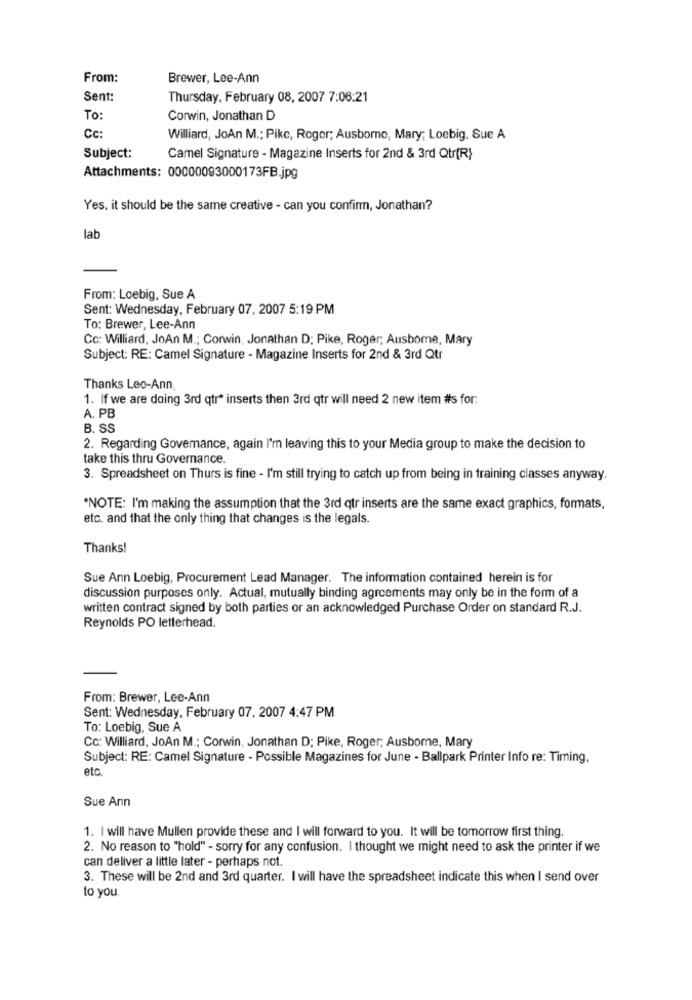
From:
Brewer, Lee-Ann
Sent:
Thursday, February 08, 2007 7:06:21
To:
Corwin, Jonathan D
Cc:
Williard, JoAn M .; Pike, Roger; Ausborno, Mary; Loebig. Sue A
Subject:
Camel Signature - Magazine Inserts for 2nd & 3rd Qtr(R)
Attachments: 00000093000173FB.jpg
Yes, it should be the same creative - can you confirm, Jonathan?
lab
From: Loebig, Sue A
Sent: Wednesday, February 07, 2007 5:19 PM
To: Brewer, Lee-Ann
Cc: Williard, JoAn M .; Corwin, Jonathan D; Pike, Roger; Ausbome, Mary
Subject: RE: Camel Signature - Magazine Inserts for 2nd & 3rd Qtr
Thanks Lec-Ann
1. If we are doing 3rd qtr" inserts then 3rd qtr will need 2 new item #s for:
A. PB
B. SS
2. Regarding Governance, again I'm leaving this to your Media group to make the decision to
take this thru Governance.
3. Spreadsheet on Thurs is fine - I'm still trying to catch up from being in training classes anyway.
"NOTE: I'm making the assumption that the 3rd qtr inserts are the same exact graphics, formats,
etc. and that the only thing that changes is the legals.
Thanks!
Sue Ann Loebig, Procurement Lead Manager. The information contained herein is for
discussion purposes only. Actual, mutually binding agreements may only be in the form of a
written contract signed by both parties or an acknowledged Purchase Order on standard R.J.
Reynolds PO letterhead.
From: Brewer, Lee-Ann
Sent: Wednesday, February 07, 2007 4:47 PM
To: Loebig, Sue A
Cc: Williard, JoAn M .; Corwin, Jonathan D; Pike, Roger; Ausbome, Mary
Subject: RE: Camel Signature - Possible Magazines for June - Ballpark Printer Info re: Timing,
etc
Sue Ann
1. I will have Mullen provide these and I will forward to you. It will be tomorrow first thing.
2. No reason to "hold" - sorry for any confusion. I thought we might need to ask the printer if we
can deliver a little later - perhaps not.
3. These will be 2nd and 3rd quarter. I will have the spreadsheet indicate this when I send over
to you.